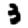
Digit: 3